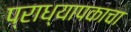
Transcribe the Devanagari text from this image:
प्राध्यापकाचा